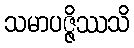
သမာပဇ္ဇိဿသိ